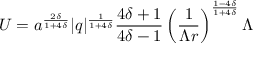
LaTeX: U = a ^ { \frac { 2 \delta } { 1 + 4 \delta } } | q | ^ { \frac { 1 } { 1 + 4 \delta } } \frac { 4 \delta + 1 } { 4 \delta - 1 } \left( \frac { 1 } { \Lambda r } \right) ^ { \frac { 1 - 4 \delta } { 1 + 4 \delta } } \Lambda